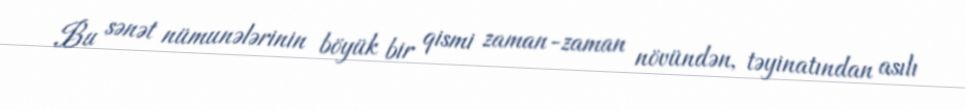
Bu sənət nümunələrinin böyük bir qismi zaman-zaman növündən, təyinatından asılı